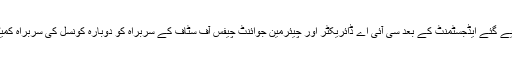
قومی سلامتی کونسل میں کیے گئے ایڈجسٹمنٹ کے بعد سی آئی اے ڈائریکٹر اور چیئرمین جوائنٹ چیفس آف سٹاف کے سربراہ کو دوبارہ کونسل کی سربراہ کمیٹی میں شامل کر لیا گیا ہے۔